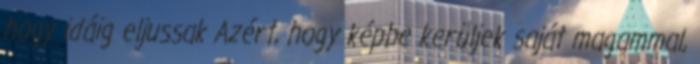
hogy idáig eljussak Azért, hogy képbe kerüljek saját magammal,